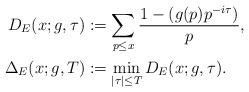
LaTeX: \begin{align*}D_E(x;g,\tau) &:= \sum_{p \leq x} \frac{1-(g(p)p^{-i\tau})}{p}, \\\Delta_E(x;g,T) &:= \min_{|\tau| \leq T} D_E(x;g,\tau).\end{align*}